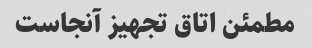
مطمئن اتاق تجهیز آنجاست